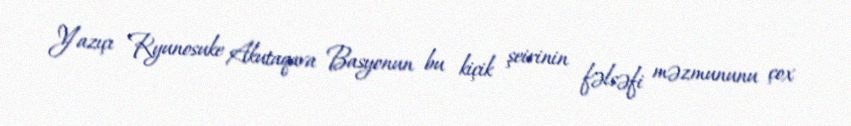
Yazıçı Ryunosuke Akutaqava Basyonun bu kiçik şeirinin fəlsəfi məzmununu çox